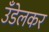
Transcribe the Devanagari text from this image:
उँडेलकर